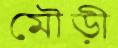
মৌড়ী